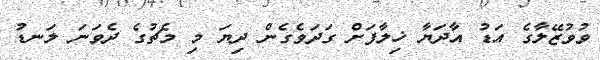
ވުވުޒޭލާގެ އަޑު އާދަޔާ ޚިލާފަށް ގަދަވެގެން ދިޔަ މި މެޗުގެ ދެވަނަ ލަނޑު